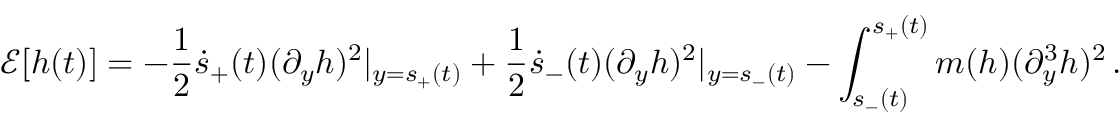
\frac { \d } { \d t } \mathcal E [ h ( t ) ] = - \frac 1 2 \dot { s } _ { + } ( t ) ( \partial _ { y } h ) ^ { 2 } | _ { y = s _ { + } ( t ) } + \frac 1 2 \dot { s } _ { - } ( t ) ( \partial _ { y } h ) ^ { 2 } | _ { y = s _ { - } ( t ) } - \int _ { s _ { - } ( t ) } ^ { s _ { + } ( t ) } m ( h ) ( \partial _ { y } ^ { 3 } h ) ^ { 2 } \, \d y .